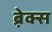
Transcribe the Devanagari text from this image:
ब्रे़क्स